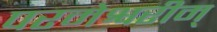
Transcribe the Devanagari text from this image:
परमेश्वरीम्